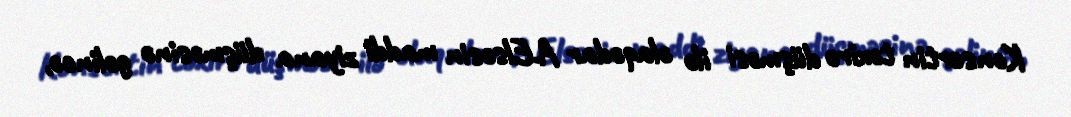
Konsertin təxirə düşməsi ilə əlaqədar A.Elsəsin maddi ziyana düşməsinə gəlincə,